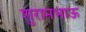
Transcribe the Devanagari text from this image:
शुरामभाऊ